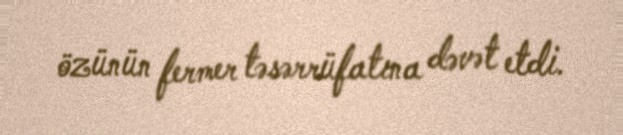
özünün fermer təsərrüfatına dəvət etdi.